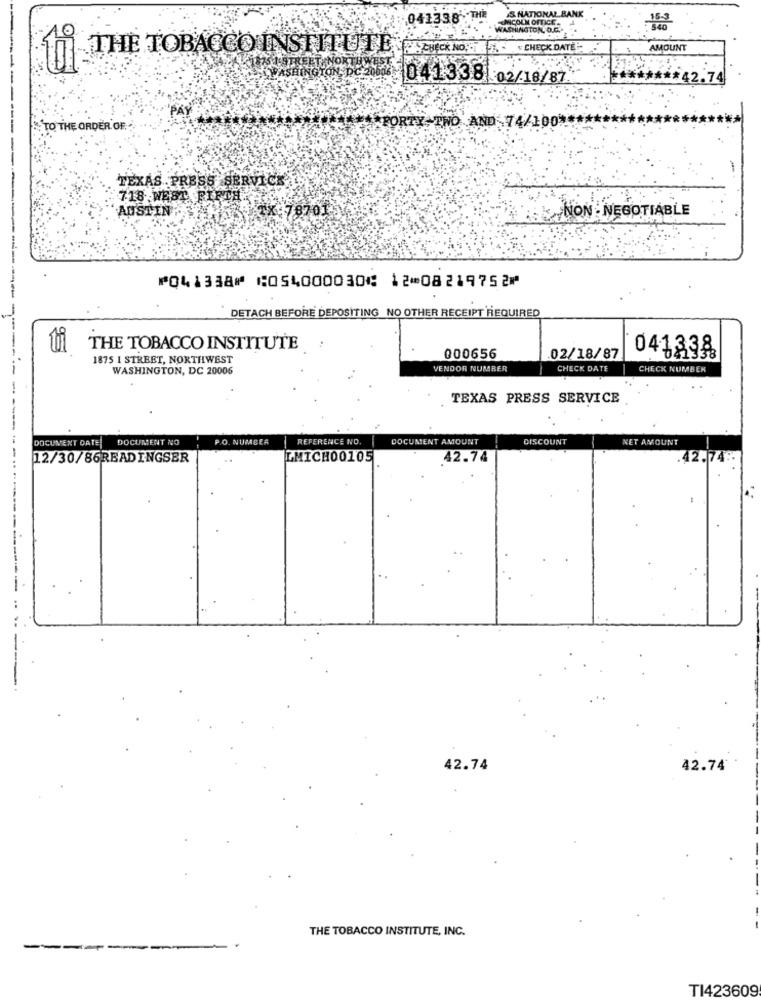
S. NATIONAL BANK
041338 THE
LINCOLN OFFICE.
WASHINGTON, D.C.
THE TOBACCO INSTITUTE FCCN
" CHECK DATE"
AMOUNT
KINAS I STREET NORTHWEST
CASI WASHINGTON, DC 2060
041338
02/18/87
12.74
""PAY
TO THE ORDER OF.
FORTY TWO AND 74/100 **
TEXAS . PRESS SERVICE
718 WEBT FIFTH
AUSTIN
TX 78701
ENON - NEGOTIABLE
⑈041338⑈ ⑆054000030⑆ 12⑉08219752⑈
------------
DETACH BEFORE DEPOSITING NO OTHER RECEIPT REQUIRED
THE TOBACCO INSTITUTE
1875 1 STREET, NORTHWEST
000656
02/18/87
041238
WASHINGTON, DC 20006
VENDOR NUMBER
CHECK DATE
CHECK NUMBER
TEXAS PRESS SERVICE
-----
DOCUMENT DATE
DOCUMENT NO
P.O. NUMBER
REFERENCE NO.
DOCUMENT AMOUNT
DISCOUNT
NET AMOUNT
-
12/30/86READINGSER
LMICH00105
42.74
42.74
---
-
42.74
42.74
THE TOBACCO INSTITUTE, INC.
---
TI423609